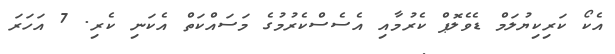
އެކޯ ކަރިކިޔުލަމް ޑެވެލޮޕް ކެރުމާއި އެސެސްކެރުމުގެ މަސައްކަތް އެކަނި ކެރި. 7 އަހަރަ